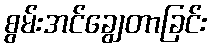
စွမ်းအင်ချွေတာခြင်း